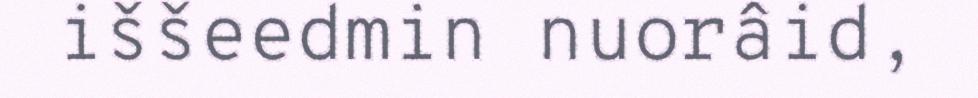
iššeedmin nuorâid,